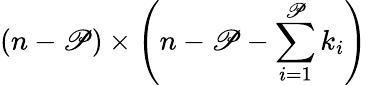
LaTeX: (n-\mathscr{P})\times\left(n-\mathscr{P}-\sum_{i=1}^{\mathscr{P}}k_{i}\right)